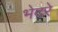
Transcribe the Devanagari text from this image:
भेदरे